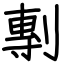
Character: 剸